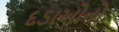
દડાઓનો